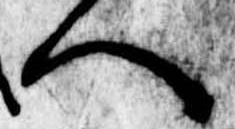
へ